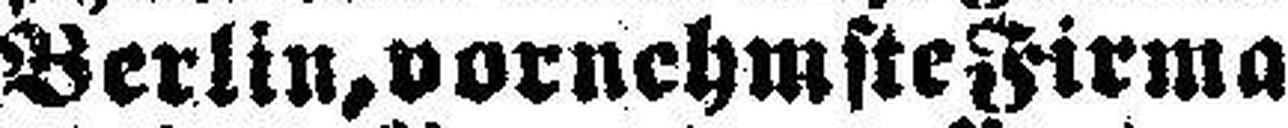
Berlin, vornehmste Firma